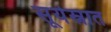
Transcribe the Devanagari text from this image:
सूर्यस्नात